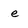
Character: e